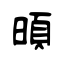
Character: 暊